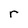
Character: r